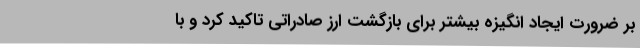
بر ضرورت ایجاد انگیزه بیشتر برای بازگشت ارز صادراتی تاکید کرد و با